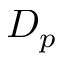
D _ { p }